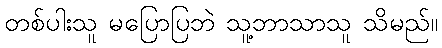
တစ်ပါးသူ မပြောပြဘဲ သူ့ဘာသာသူ သိမည်။